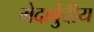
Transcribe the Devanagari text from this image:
मेदार्बुदीय